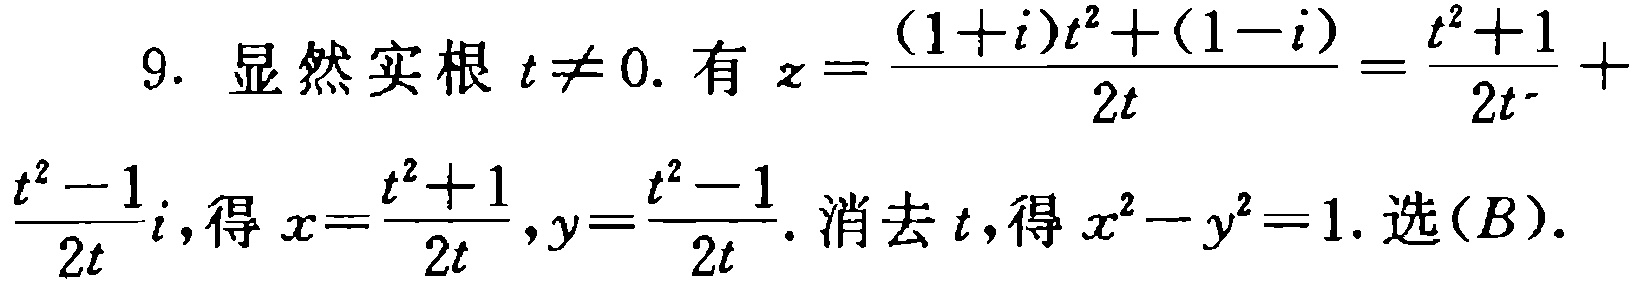
9. 显然实根 \(t\neq 0\). 有 \(z = \frac{(1 + i)t^{2}+(1 - i)}{2t}=\frac{t^{2}+1}{2t}+\frac{t^{2}-1}{2t}i\), 得 \(x = \frac{t^{2}+1}{2t},y = \frac{t^{2}-1}{2t}\). 消去 \(t\), 得 \(x^{2}-y^{2}=1\). 选\((B)\).